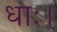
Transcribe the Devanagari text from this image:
धाः।